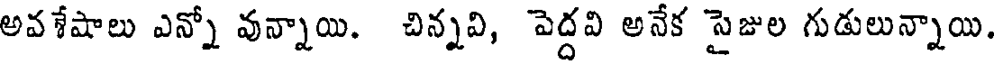
అవశేషాలు ఎన్నో వున్నాయి. చిన్నవి, పెద్దవి అనేక సైజుల గుడులున్నాయి.